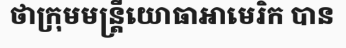
ថាក្រុមមន្ត្រីយោធាអាមេរិក បាន